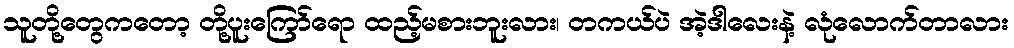
သူတို့တွေကတော့ တို့ပူးကြော်ရော ထည့်မစားဘူးလား၊ တကယ်ပဲ အဲ့ဒါလေးနဲ့ လုံလောက်တာလား